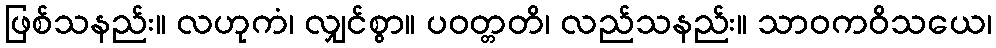
ဖြစ်သနည်း။ လဟုကံ၊ လျှင်စွာ။ ပဝတ္တတိ၊ လည်သနည်း။ သာဝကဝိသယေ၊